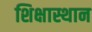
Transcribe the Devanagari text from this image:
शिक्षास्थान